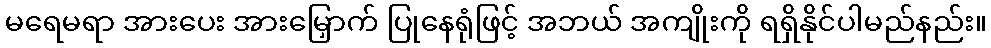
မရေမရာ အားပေး အားမြှောက် ပြုနေရုံဖြင့် အဘယ် အကျိုးကို ရရှိနိုင်ပါမည်နည်း။